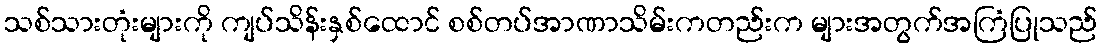
သစ်သားတုံးများကို ကျပ်သိန်းနှစ်ထောင် စစ်တပ်အာဏာသိမ်းကတည်းက များအတွက်အကြံပြုသည်